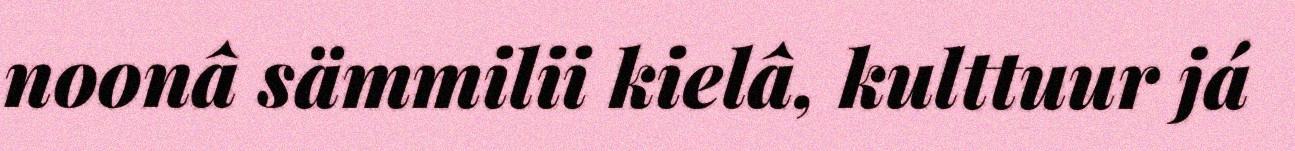
noonâ sämmilii kielâ, kulttuur já